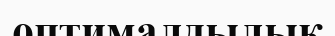
оптималдылық